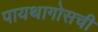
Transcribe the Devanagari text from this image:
पायथागोसची